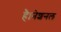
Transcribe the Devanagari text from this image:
है।नेशनल